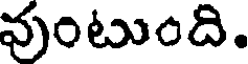
వుంటుంది.